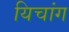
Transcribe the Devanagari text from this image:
यिचांग